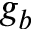
g _ { b }